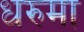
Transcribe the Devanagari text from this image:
धरुमा